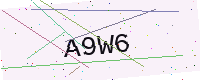
Text: A9W6